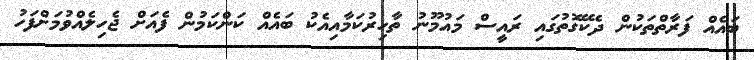
ބައެއް ފަރާތްތަކުން ދެކޭގޮތުގައި ރައީސް މައުމޫނު ތާހިރުކަމާއިއެކު ބައެއް ކަންކަމުން ފެއަށް ޖެހިލެއްވުމަށްފަހު